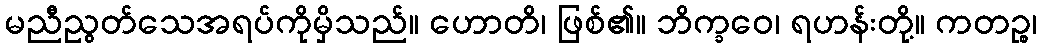
မညီညွတ်သေအရပ်ကိုမှိသည်။ ဟောတိ၊ ဖြစ်၏။ ဘိက္ခဝေ၊ ရဟန်းတို့။ ကတဉ္စ၊